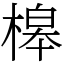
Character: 槔